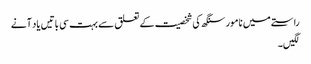
راستے میں نامور سنگھ کی شخصیت کے تعلق سے بہت سی باتیں یاد آنے
لگیں۔